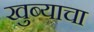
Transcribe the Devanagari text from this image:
खुब्याचा